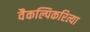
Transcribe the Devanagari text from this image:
वैकल्पिकरित्या